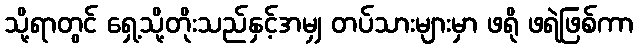
သို့ရာတွင် ရှေ့သို့တိုးသည်နှင့်အမျှ တပ်သားများမှာ ဖရို ဖရဲဖြစ်ကာ